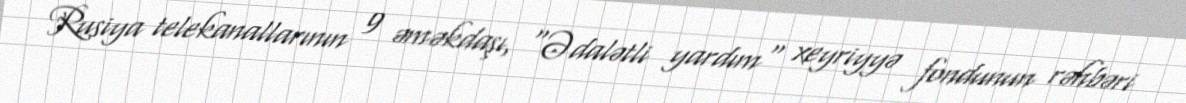
Rusiya telekanallarının 9 əməkdaşı, "Ədalətli yardım" xeyriyyə fondunun rəhbəri